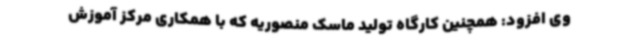
وی افزود: همچنین کارگاه تولید ماسک منصوریه که با همکاری مرکز آموزش